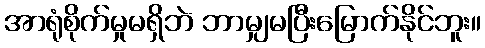
အာရုံစိုက်မှုမရှိဘဲ ဘာမျှမပြီးမြောက်နိုင်ဘူး။